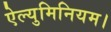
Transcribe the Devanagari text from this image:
ऐल्युमिनियम।